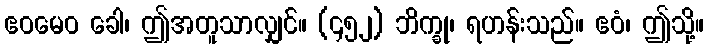
ဧဝမေဝ ခေါ၊ ဤအတူသာလျှင်။ (၄၅၂) ဘိက္ခု၊ ရဟန်းသည်။ ဧဝံ၊ ဤသို့။